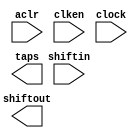
module line_buf_80pts_1lines (
	aclr,
	clken,
	clock,
	shiftin,
	shiftout,
	taps);

	input	  aclr;
	input	  clken;
	input	  clock;
	input	[8:0]  shiftin;
	output	[8:0]  shiftout;
	output	[8:0]  taps;
`ifndef ALTERA_RESERVED_QIS
// synopsys translate_off
`endif
	tri1	  aclr;
	tri1	  clken;
`ifndef ALTERA_RESERVED_QIS
// synopsys translate_on
`endif

endmodule